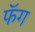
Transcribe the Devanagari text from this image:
फॅग